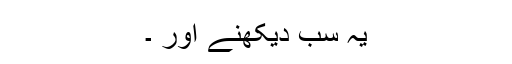
یہ سب دیکھنے اور ۔